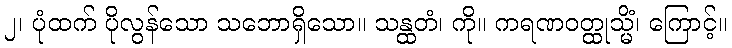
၂၊ ပုံထက် ပိုလွန်သော သဘောရှိသော။ သန္ထတံ၊ ကို။ ကရဏဝတ္ထုသ္မိံ၊ ကြောင့်။